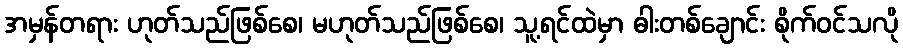
အမှန်တရား ဟုတ်သည်ဖြစ်စေ၊ မဟုတ်သည်ဖြစ်စေ၊ သူ့ရင်ထဲမှာ ဓါးတစ်ချောင်း စိုက်ဝင်သလို